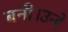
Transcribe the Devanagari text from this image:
बनी।उन्हे